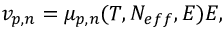
v _ { p , n } = \mu _ { p , n } ( T , N _ { e f f } , E ) E ,